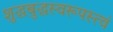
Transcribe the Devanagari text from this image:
शुद्धबुद्धस्वरूपस्त्वं